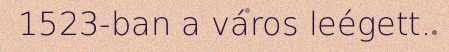
1523-ban a város leégett.